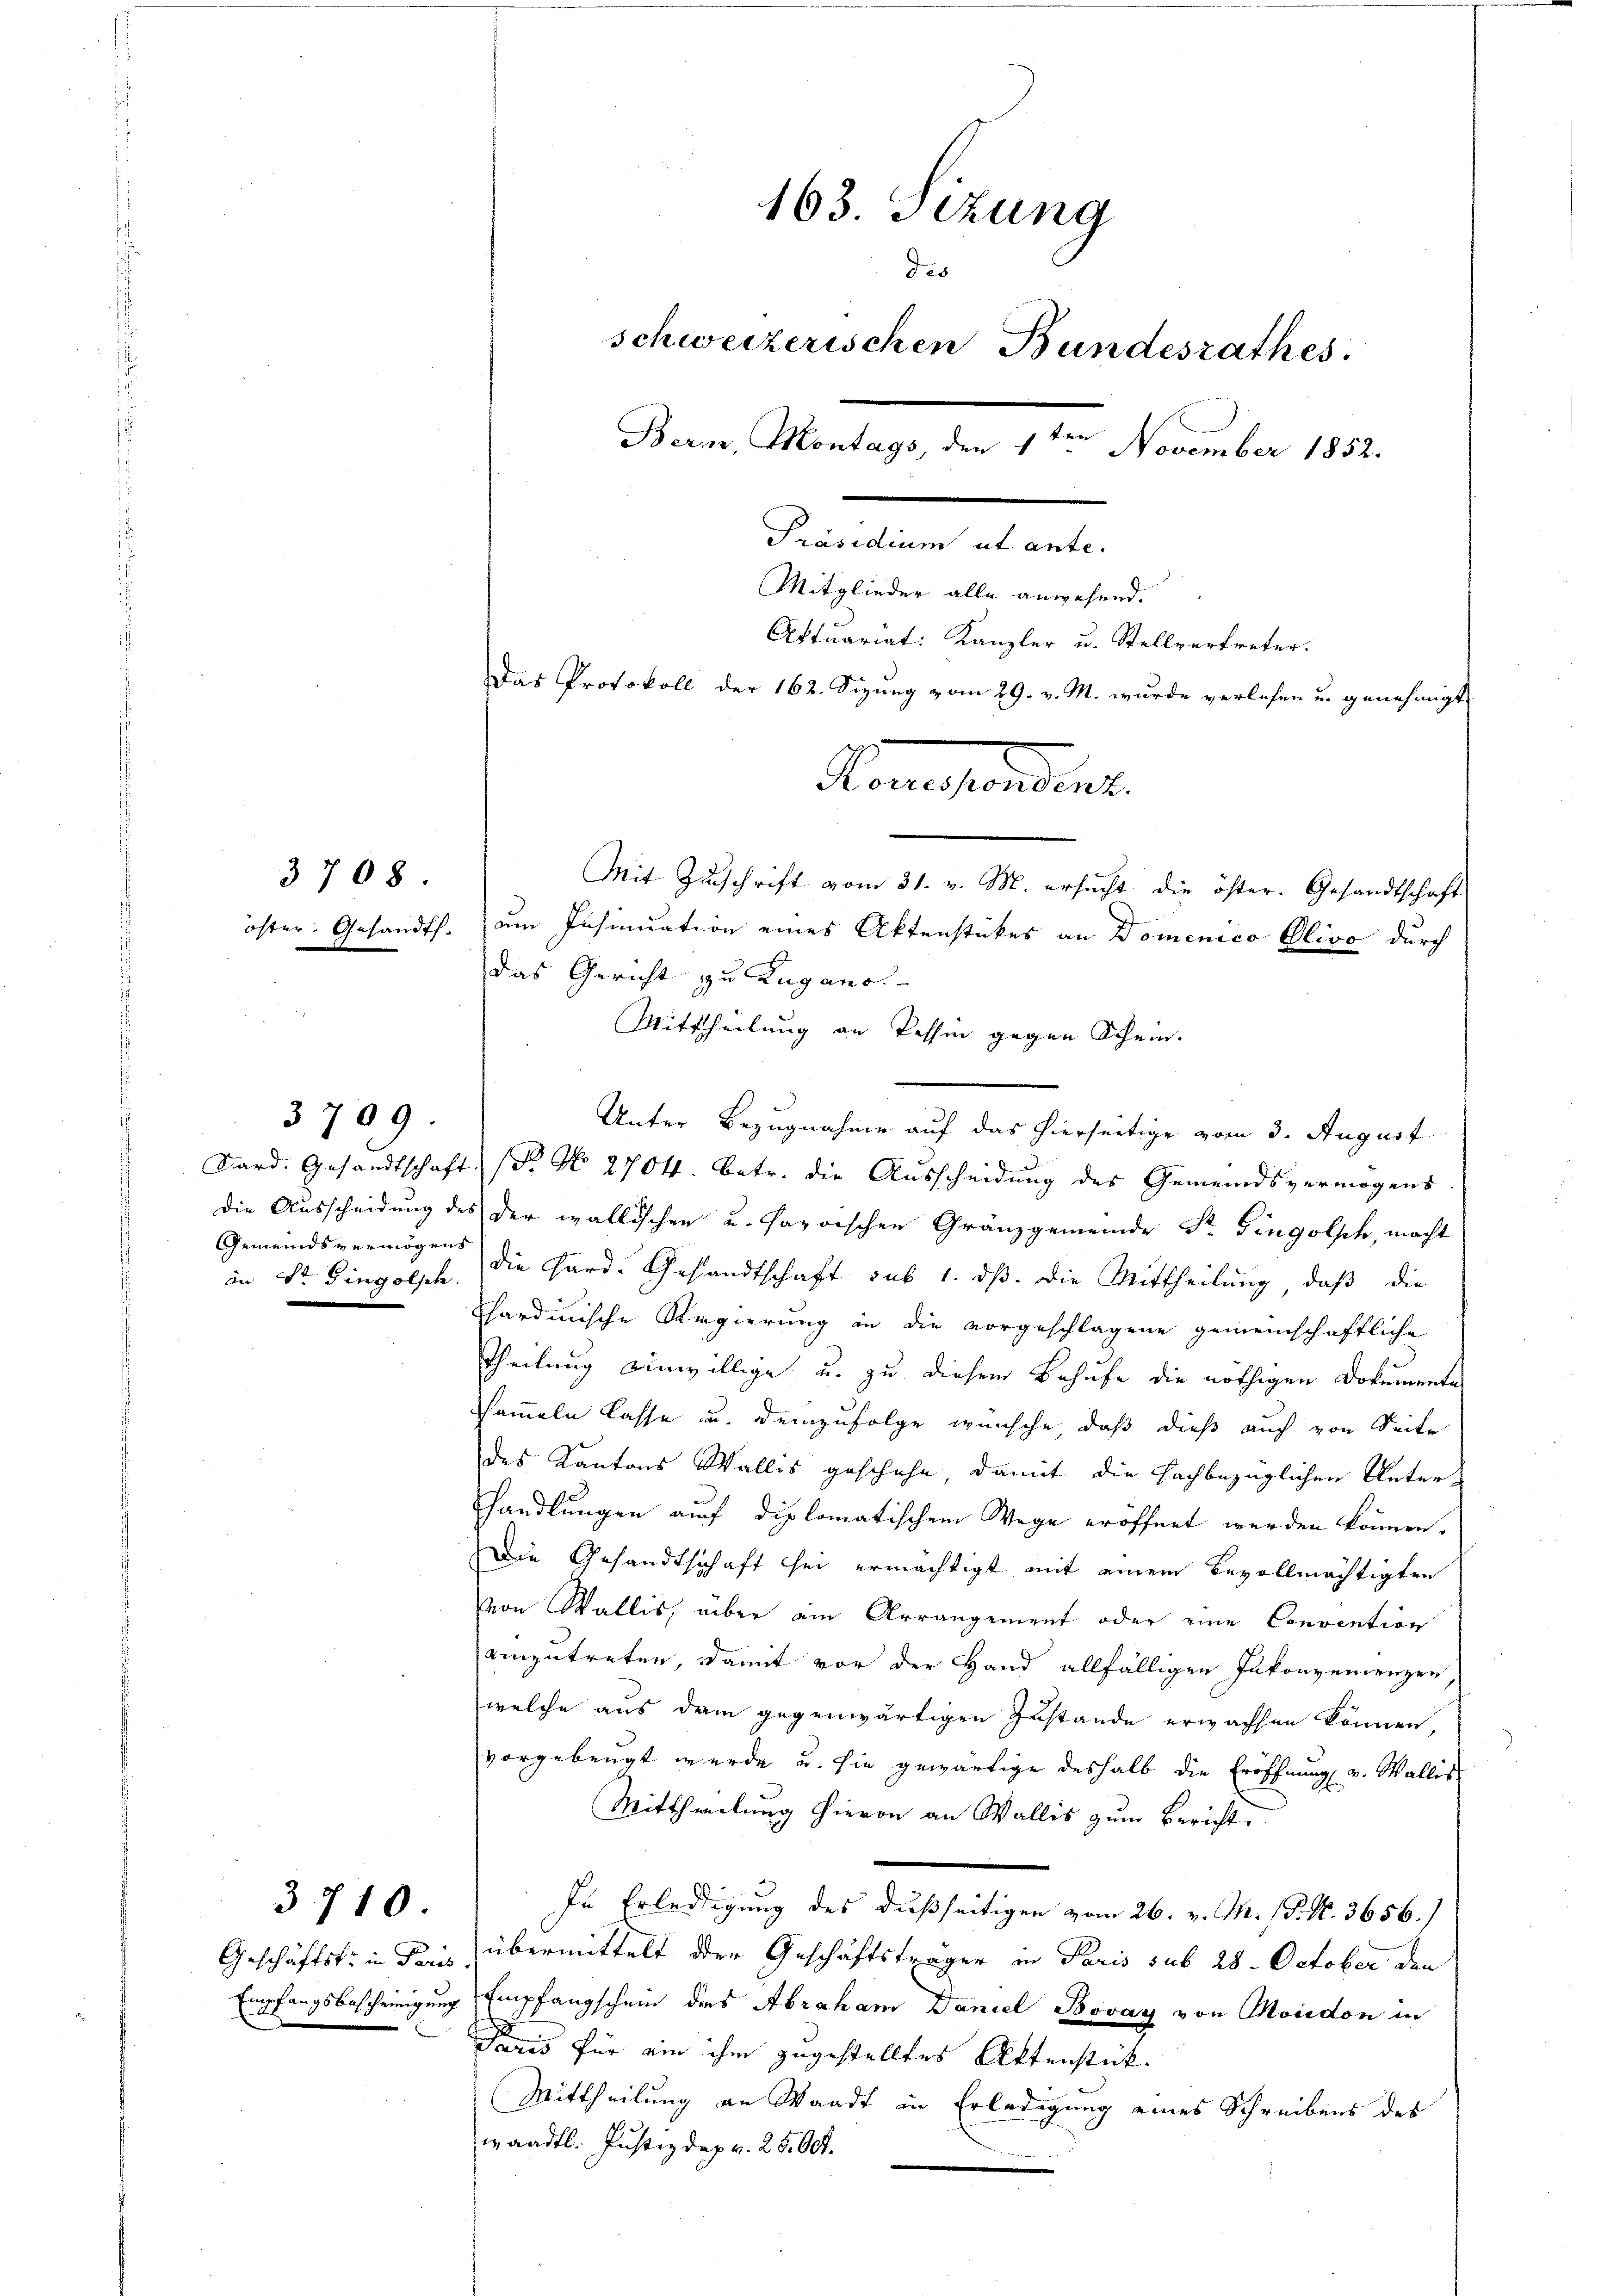
öster Gesandt.

3708

die Ausscheidung der
Gemeindsvermögens
in St. Gingolsch

3709.

Geschäftsfr. in Paris
Empfangsbescheinigung
e

3710.

163. Sizung
des
schweizerischen Bundesrathes.
Bern, Montags, den 1te͇n November 1852.
Präsidium ut ante.
Mitglieder alle anwesend.
Aktuariat: Kanzler u. Stellvertreter:
Das Protokoll der 162. Sizung vom 29. v. M. wurde verlesen u. genehmigt
Honastandert.
Mit Zuschrift vom 31. v. M. ersucht die öster. Gesandtschaft
um Insinuation eines Aktenstückes an Domenico Olivo durch
das Gericht zu Lugano.

Unter Bezugnahme auf das hierseitige vom 3. August
Kard. Gesandtschaft. (T. N. 2704. betr. die Ausscheidung des Gemeindsvermögens
der wallischen u. savoischen Gränzgemeinde Dr. Gingolsch, macht
die Hard. Gesandtschaft sub 1. ds. die Mittheilung, daß die
chardinische Regierung in die vorgeschlagene gemeinschaftliche
Theilung einwillige, u. zu diesem Behufe die nöthigen Dokumente
sammeln lasse u. demzufolge wünsche, daß dieß auch von Seite
des Kantons Wallis geschehe, damit die hochbezüglichen Unterhandlungen auch diplomatischem Wege eröffnet werden können.
Die Gesandtschaft sei ermächtigt mit einem Bevollmächtigten
von Wallis, über ein Arrangement oder eine Convention
einzutreten, damit vor der Hand allfälligen Inkonvenienzen
welche aus dem gegenwärtigen Zustande erwachsen können,
vorgebeugt werde u. sie gewärtige deshalb die Eröffnung v. Wallis
Mittheilung hievon an Wallis zum Bericht.
In Erledigung des dußseitigen vom 26. v. M. P. N. 3656.)
übermittelt der Geschäftsträgen in Paris sub 28. October den
Empfangschein dies Abraham Daniel Bovay von Moudon in
Paris für ein ihm zugestelltes Aktenstück-
Mittheilung an Waadt in Erledigung eines Schreibens des
waadtl. Justizdepr. 25. 604.

Mittheilung an Tessin gegen Schein.